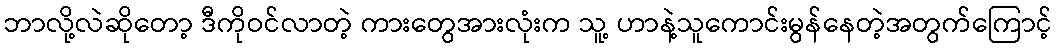
ဘာလို့လဲဆိုတော့ ဒီကိုဝင်လာတဲ့ ကားတွေအားလုံးက သူ့ ဟာနဲ့သူကောင်းမွန်နေတဲ့အတွက်ကြောင့်